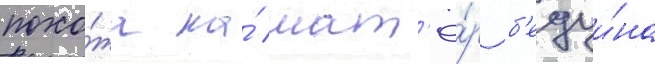
похо́жа на́ шат'ё́р б'едуи́на